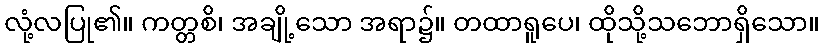
လုံ့လပြု၏။ ကတ္တစိ၊ အချို့သော အရာ၌။ တထာရူပေ၊ ထိုသို့သဘောရှိသော။